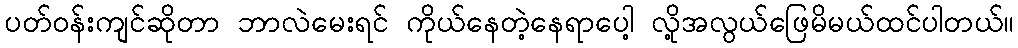
ပတ်ဝန်းကျင်ဆိုတာ ဘာလဲမေးရင် ကိုယ်နေတဲ့နေရာပေါ့ လို့အလွယ်ဖြေမိမယ်ထင်ပါတယ်။